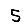
Digit: 5